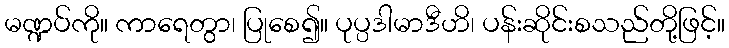
မဏ္ဍပ်ကို။ ကာရေတွာ၊ ပြုစေ၍။ ပုပ္ပဒါမာဒီဟိ၊ ပန်းဆိုင်းစသည်တို့ဖြင့်။